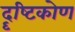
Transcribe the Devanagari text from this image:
दॄष्‍टिकोण